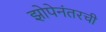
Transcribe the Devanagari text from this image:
झोपेनंतरची